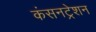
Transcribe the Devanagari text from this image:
कंसनट्रेशन